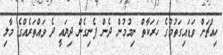
ހިއްޗަށް ވަޑައިގަތުމުގެ ހަރަކާތް ނިމުމުން ދެން ފެނިގެން ދިޔައީ ދެ ވައްތަރެއްގެ މާލި